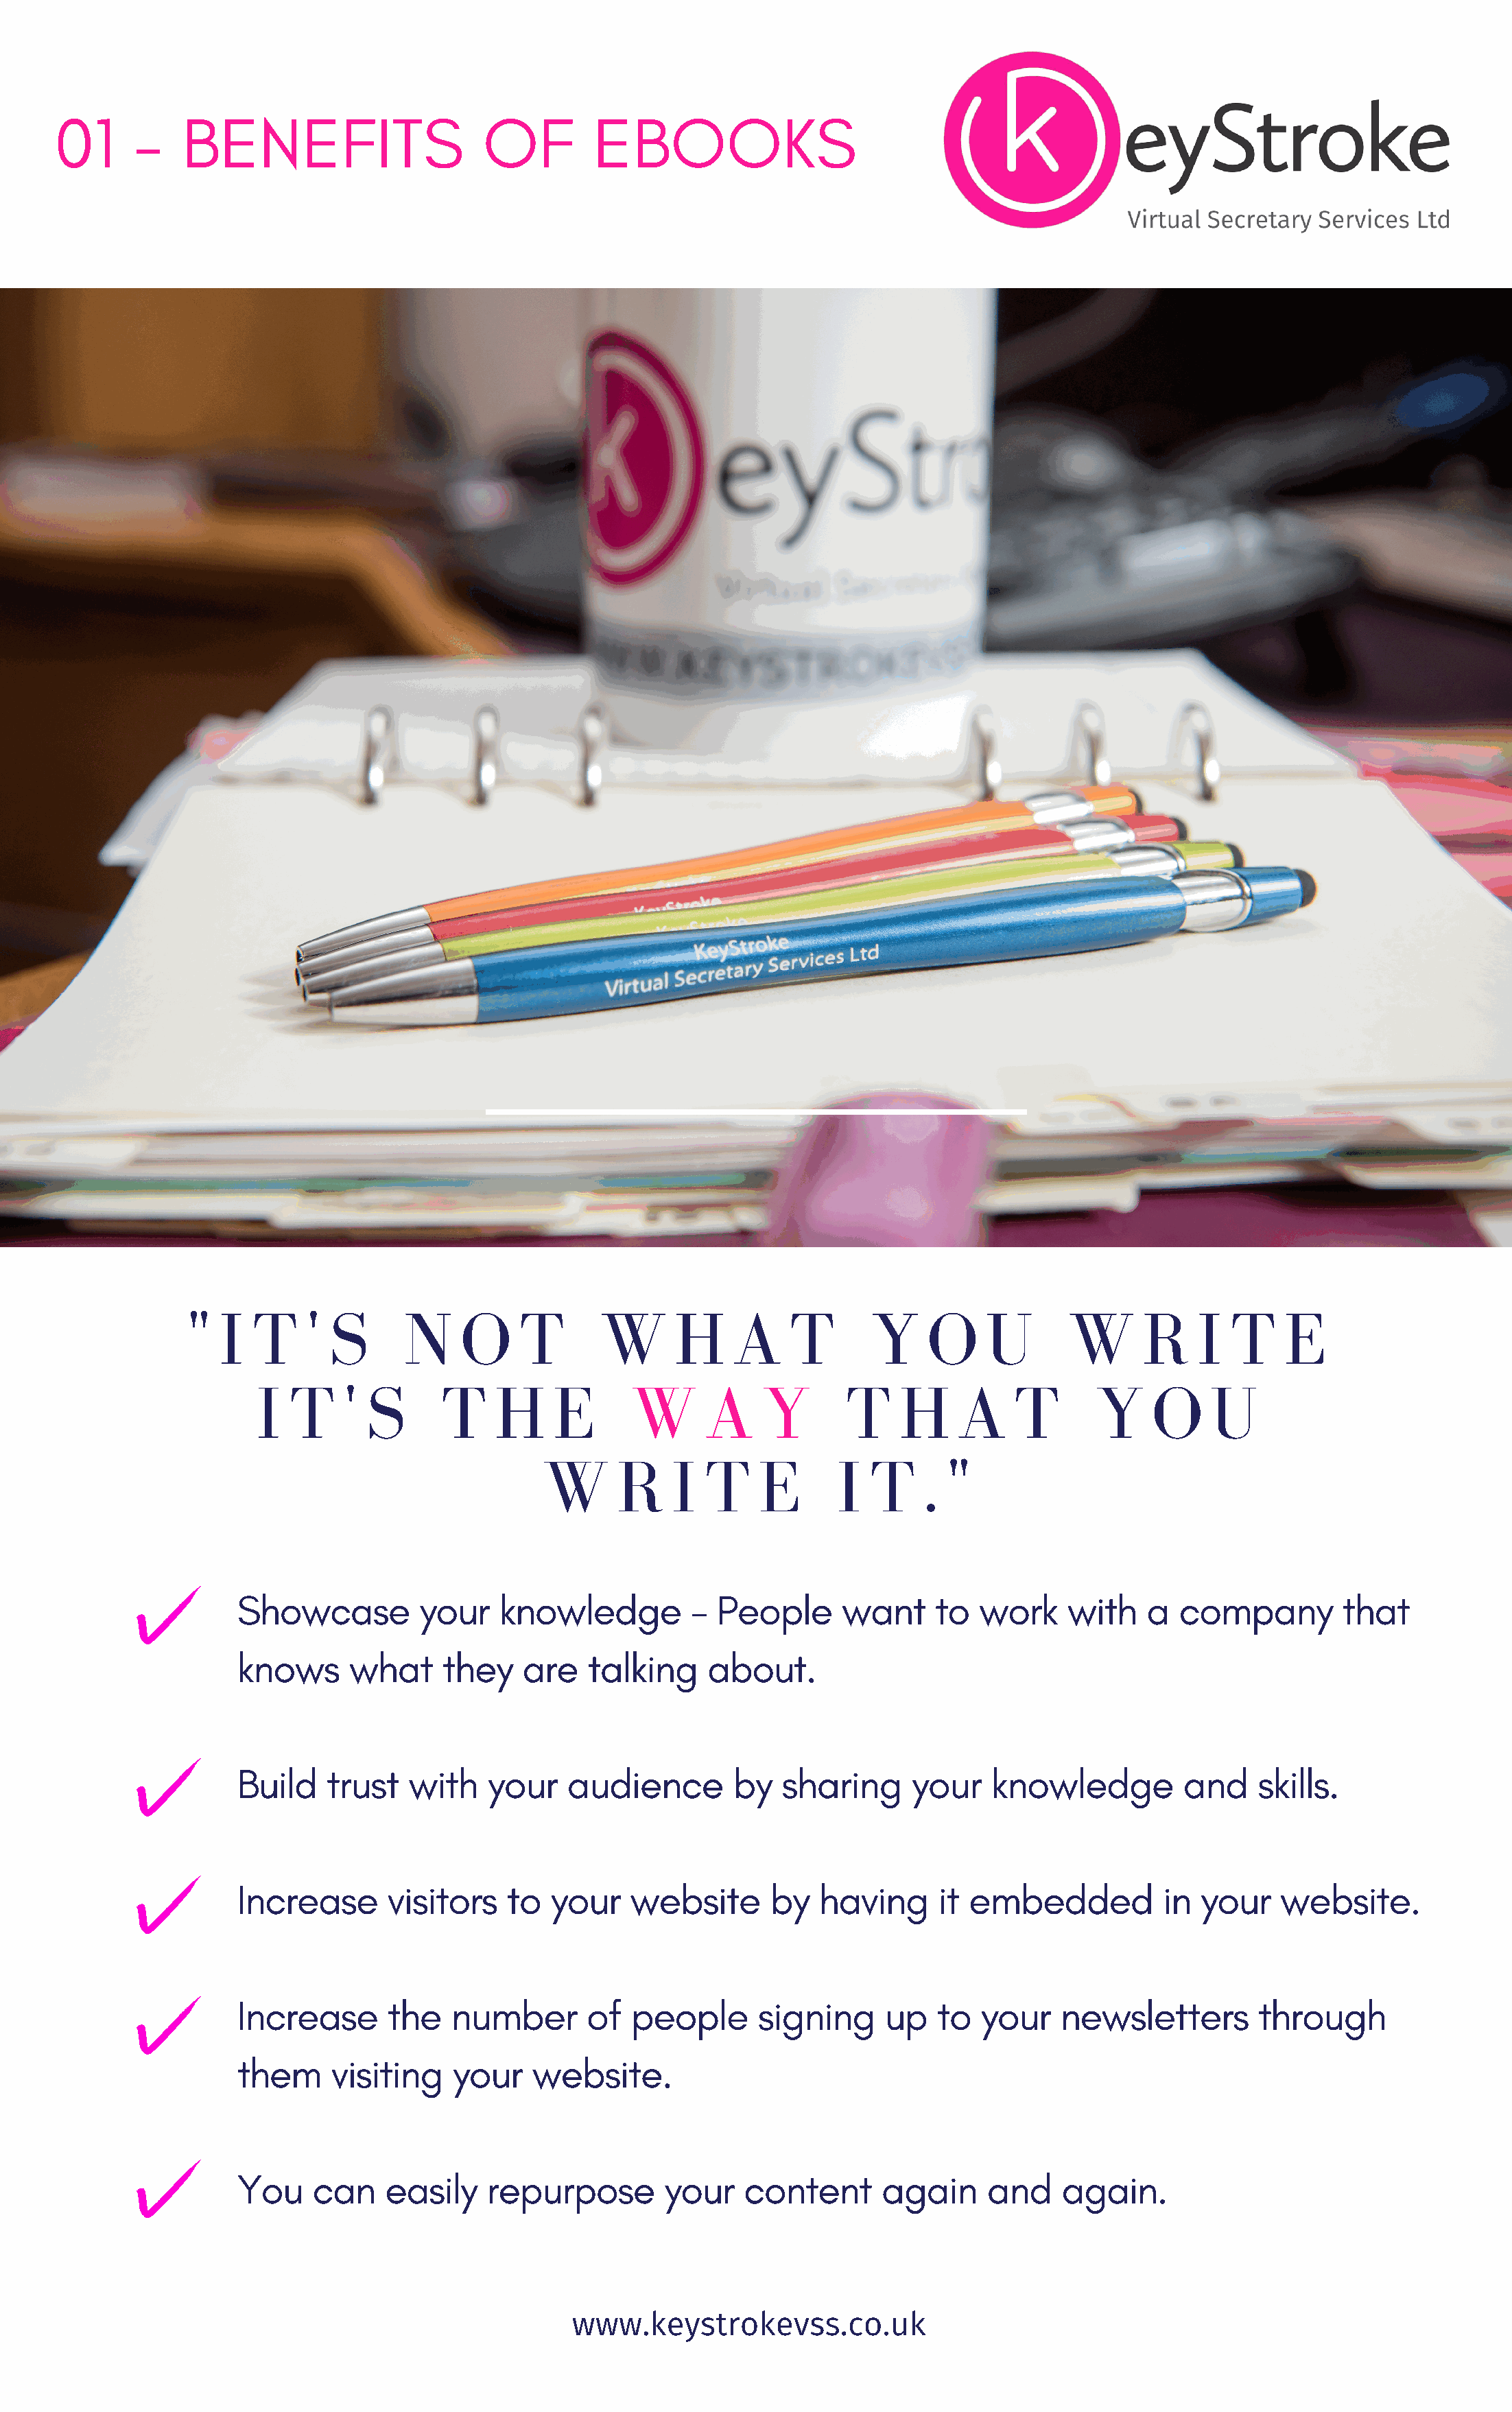
01      -    BENEFITS                     OF        EBOOKS
 "  I  T    '  S      N    O     T       W      H     A    T       Y    O     U       W      R    I   T    E
 I  T    ' S       T    H    E       W      A    Y        T    H    A     T       Y    O     U
 W      R     I  T    E       I  T    . "
 Showcase         your    knowledge          - People      want     to  work     with    a  company        that
 knows      what     they   are    talking    about.
 Build    trust  with    your    audience        by  sharing      your    knowledge         and    skills.
 Increase      visitors    to  your    website      by   having     it embedded           in  your   website.
 Increase      the    number       of  people      signing     up   to   your   newsletters        through
 them     visiting    your   website.
 You    can    easily    repurpose        your    content      again     and    again.
 www.keystrokevss.co.uk